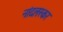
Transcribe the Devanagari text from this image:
नांदलस्कर